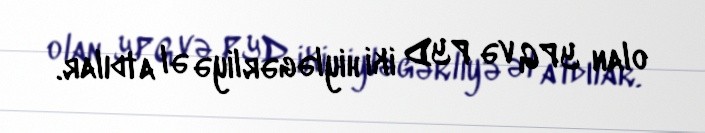
olan YPG və PYD iki hiyləgərliyə əl atdılar.